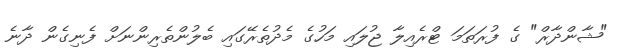
"ޝާންދާރް" ގެ ފުރަތަމަ ޓްރެއިލާ ޖުލައި މަހުގެ މެދުތެރޭގައި ބެލުންތެރިންނަށް ފެނިގެން ދާނެ